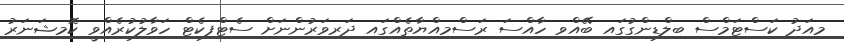
މިއަދު ކަސްޓަމްސް ބިލްޑިންގުގައި ބޭއްވި ހާއްސަ ރަސްމިއްޔާތެއްގައި ދަރިވަރުންނަށް ސެޓްފިކެޓް ހަވާލުކުރެއްވީ ކޮމިޝަނަރު